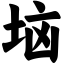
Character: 垴